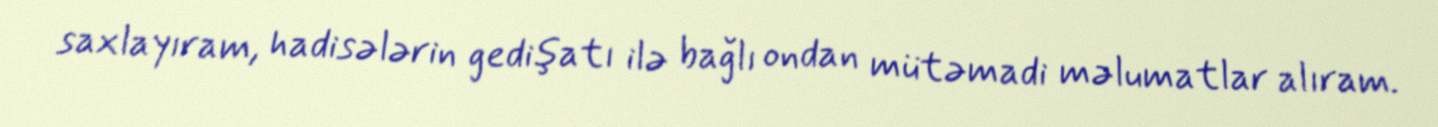
saxlayıram, hadisələrin gedişatı ilə bağlı ondan mütəmadi məlumatlar alıram.